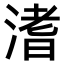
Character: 𣹡